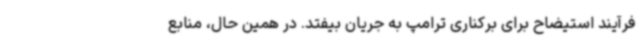
فرآیند استیضاح برای برکناری ترامپ به جریان بیفتد. در همین حال، منابع